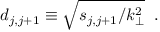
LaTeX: d _ { j , j + 1 } \equiv \sqrt { s _ { j , j + 1 } / k _ { \perp } ^ { 2 } } \; \; .